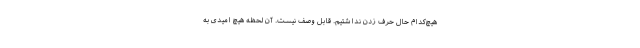
هیچ‌کدام حال حرف زدن نداشتیم. قابل وصف نیست. آن لحظه هیچ امیدی به